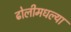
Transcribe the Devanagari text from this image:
ढोलीमधल्या